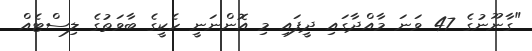
"ގާނޫނުގެ 47 ވަނަ މާއްދާގައި ދީފައި މި އޮންނަނީ ހެކީގެ ބާވަތުގެ ލިސްޓެއް